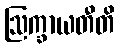
ဩက္ခာယတီတိ